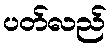
ပတ်လည်